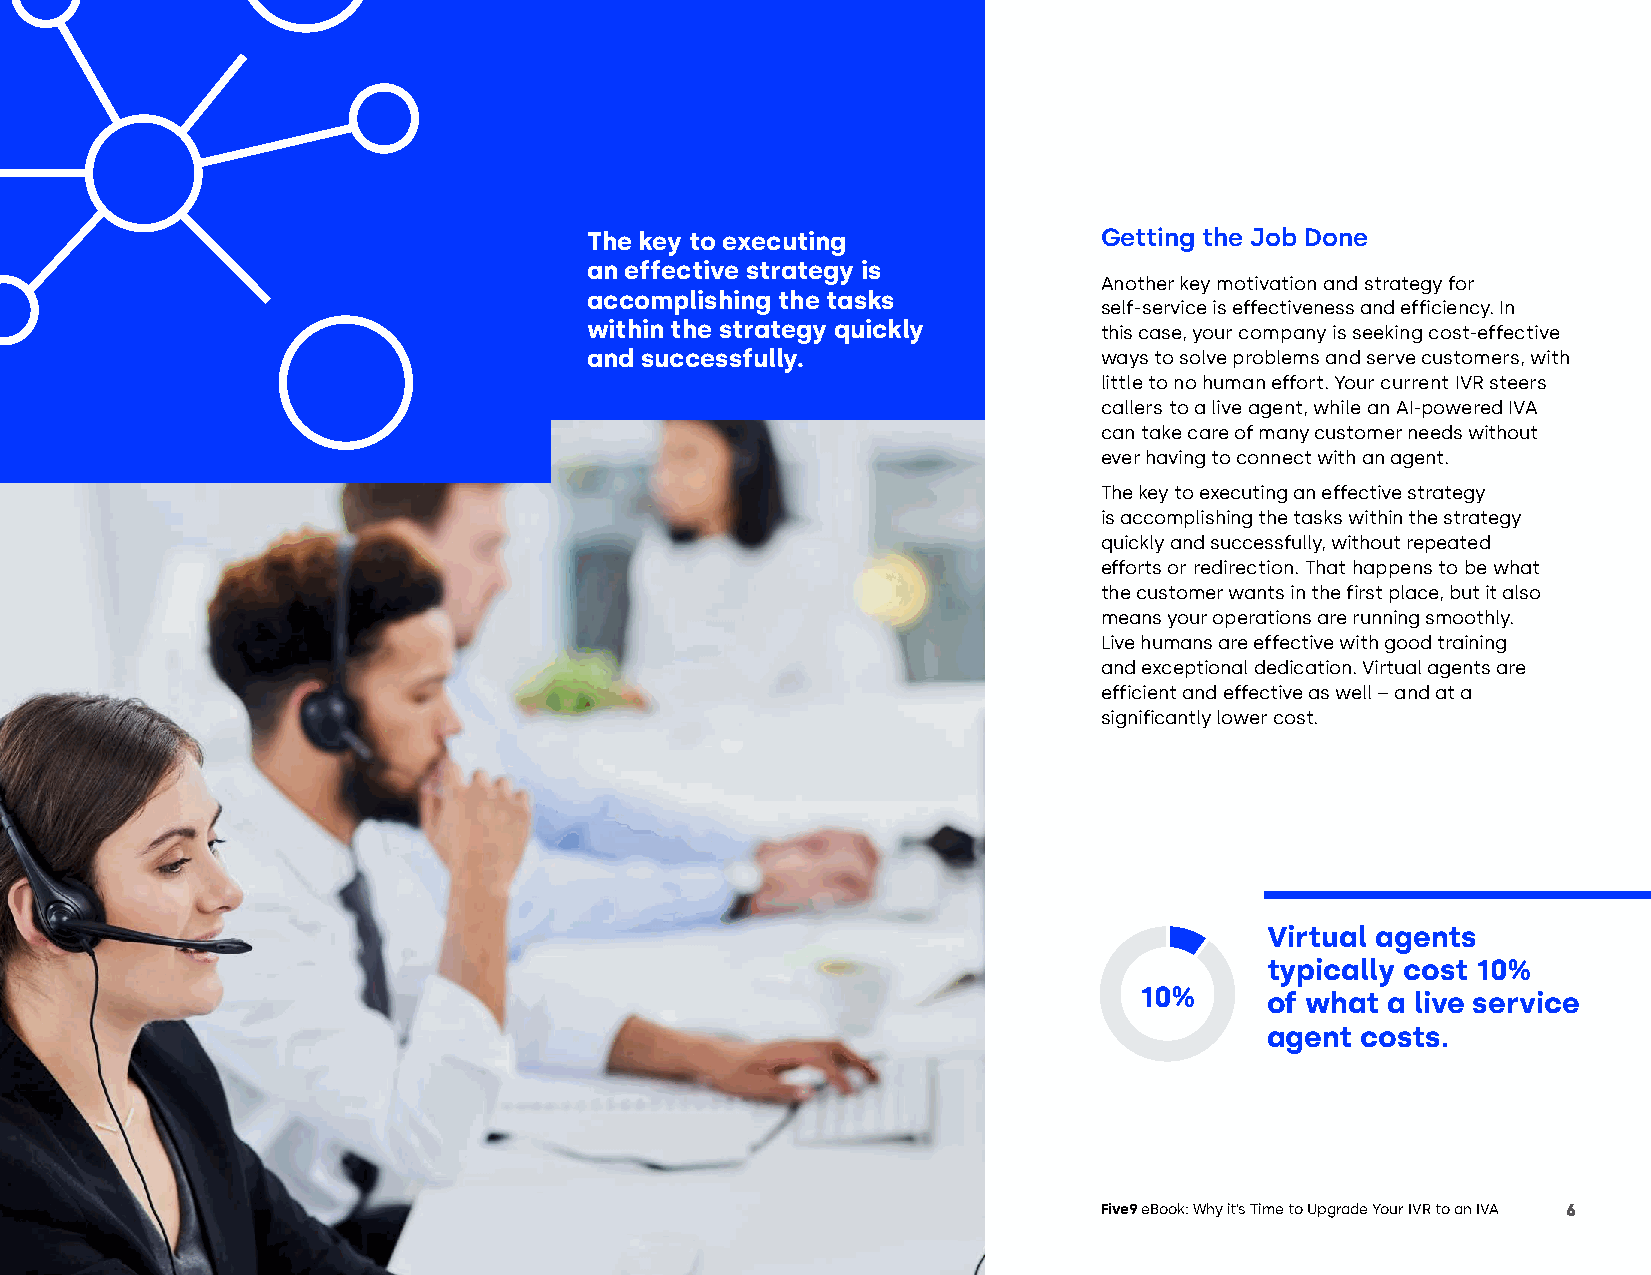
The key to executing              Getting the Job Done
 an effective strategy is
 Another key motivation and strategy for
 accomplishing the tasks
 self-service is effectiveness and efficiency. In
 within the strategy quickly
 this case, your company is seeking cost-effective
 and successfully.                 ways to solve problems and serve customers, with
 little to no human effort. Your current IVR steers
 callers to a live agent, while an AI-powered IVA
 can take care of many customer needs without
 ever having to connect with an agent.
 The key to executing an effective strategy
 is accomplishing the tasks within the strategy
 quickly and successfully, without repeated
 efforts or redirection. That happens to be what
 the customer wants in the first place, but it also
 means your operations are running smoothly.
 Live humans are effective with good training
 and exceptional dedication. Virtual agents are
 efficient and effective as well – and at a
 significantly lower cost.
 Virtual agents
 typically cost 10%
 10%      of what a live service
 agent costs.
 Five9 eBook: Why it’s Time to Upgrade Your IVR to an IVA 6